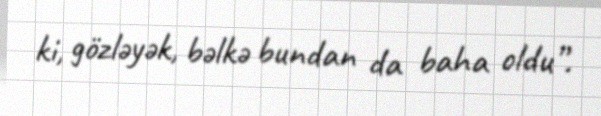
ki, gözləyək, bəlkə bundan da baha oldu”.